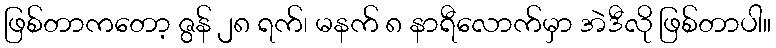
ဖြစ်တာကတော့ ဇွန် ၂၈ ရက်၊ မနက် ၈ နာရီလောက်မှာ အဲဒီလို ဖြစ်တာပါ။